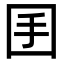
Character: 𡆺